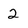
Character: 2